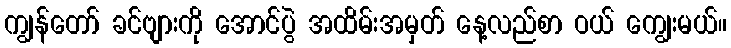
ကျွန်တော် ခင်ဗျားကို အောင်ပွဲ အထိမ်းအမှတ် နေ့လည်စာ ဝယ် ကျွေးမယ်။